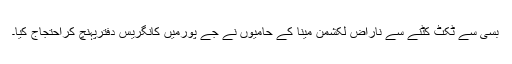
بسی سے ٹکٹ کٹنے سے ناراض لکشمن مینا کے حامیوں نے جے پورمیں کانگریس دفترپہنچ کراحتجاج کیا۔